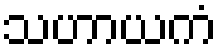
သဟာယကံ